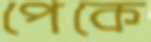
পেকে